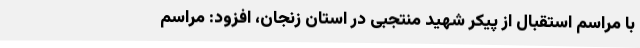
با مراسم استقبال از پیکر شهید منتجبی در استان زنجان، افزود: مراسم